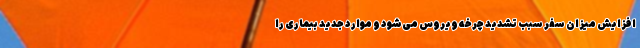
افزایش میزان سفر سبب تشدید چرخه ویروس می‌شود و موارد جدید بیماری را